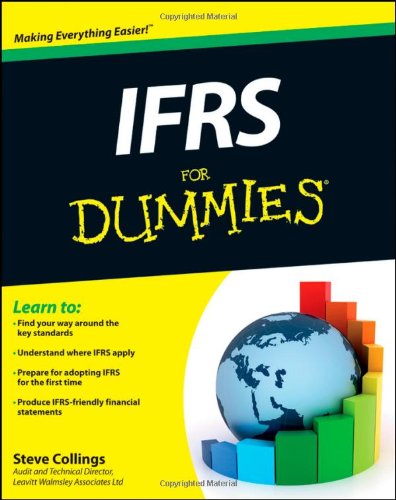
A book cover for IFRS For Dummies; Steven Collings; Business & Money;